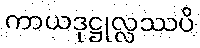
ကာယဒုဋ္ဌုလ္လဿပိ